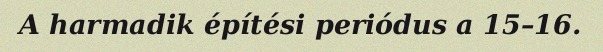
A harmadik építési periódus a 15–16.